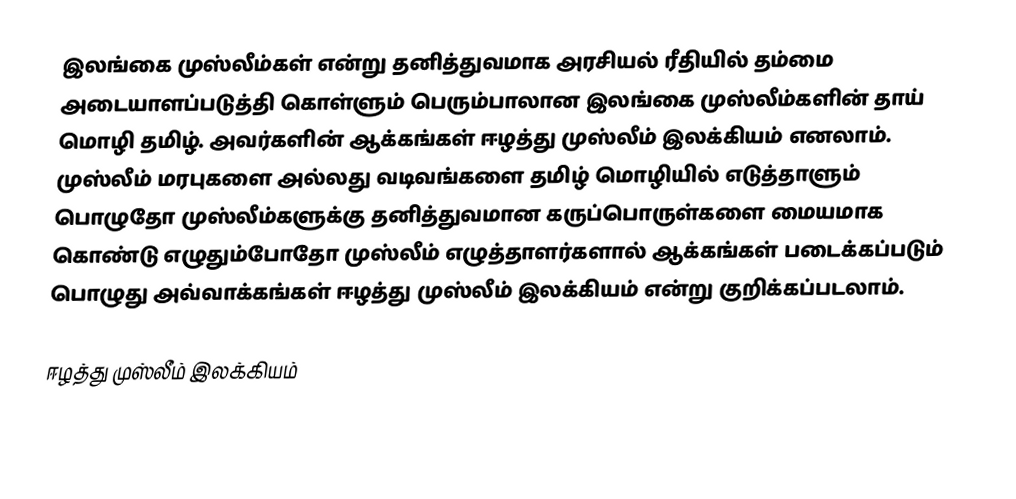
இலங்கை முஸ்லீம்கள் என்று தனித்துவமாக அரசியல் ரீதியில் தம்மை அடையாளப்படுத்தி கொள்ளும் பெரும்பாலான இலங்கை முஸ்லீம்களின் தாய் மொழி தமிழ். அவர்களின் ஆக்கங்கள் ஈழத்து முஸ்லீம் இலக்கியம் எனலாம். முஸ்லீம் மரபுகளை அல்லது வடிவங்களை தமிழ் மொழியில் எடுத்தாளும் பொழுதோ முஸ்லீம்களுக்கு தனித்துவமான கருப்பொருள்களை மையமாக கொண்டு எழுதும்போதோ முஸ்லீம் எழுத்தாளர்களால் ஆக்கங்கள் படைக்கப்படும் பொழுது அவ்வாக்கங்கள் ஈழத்து முஸ்லீம் இலக்கியம் என்று குறிக்கப்படலாம்.

ஈழத்து முஸ்லீம் இலக்கியம்